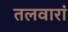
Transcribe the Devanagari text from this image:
तलवारां